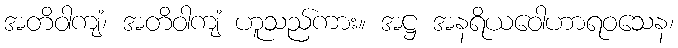
အတိဝါကျံ၊ အတိဝါကျံ ဟူသည်ကား။ အဋ္ဌ အနရိယဝေါဟာရဝသေန၊